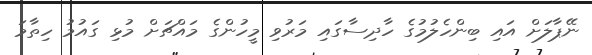
ނޭޕާލަށް އައި ބިންހެލުމުގެ ހާދިސާގައި މަރުވި މީހުންގެ މައްޗަށް މުޅި ގައުމު ހިތާމަ